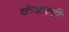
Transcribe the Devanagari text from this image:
कंकली